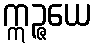
ဣဉ္ဇယေ